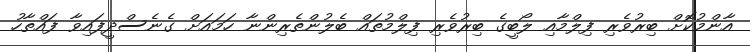
އާންމުކޮށް ބިރުވެރި ފިލްމާއި ލޯބީގެ ބިރުވެރި ފިލްމުތައް ބެލުންތެރިންނާ ހަމައަށް ގެނެސްދީފައިވާ ފައްތާހު